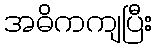
အဓိကကျပြီး